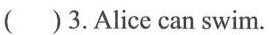
( )3.Alice can swim.